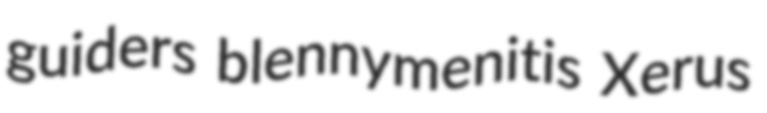
guiders blennymenitis Xerus